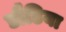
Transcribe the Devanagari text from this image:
डौडिया